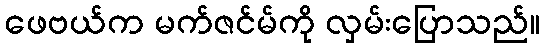
ဖေဗယ်က မက်ဇင်မ်ကို လှမ်းပြောသည်။